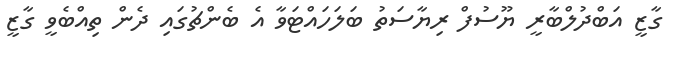
ގާޒީ އަބްދުލްބާރީ ޔޫސުފް ރިޔާސަތު ބަލަހައްޓަވާ އެ ބެންޗުގައި ދެން ތިއްބެވީ ގާޒީ